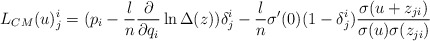
\begin{align*}L_{CM}(u)_j^i = (p_i - \frac{l}{n}\frac{\partial}{\partial q_i}\ln\Delta(z))\delta_j^i - \frac{l}{n}\sigma^\prime(0)(1 - \delta_j^i)\frac{\sigma(u + z_{j i})}{\sigma(u) \sigma(z_{j i})}\end{align*}